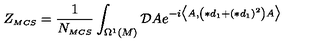
Z _ { \scriptscriptstyle M C S } = \frac { 1 } { N _ { \scriptscriptstyle M C S } } \int _ { \Omega ^ { \scriptscriptstyle 1 } ( M ) } \mathcal { D } A e ^ { - i \bigl \langle A , \left( \ast d _ { \scriptscriptstyle 1 } + ( \ast d _ { \scriptscriptstyle 1 } ) ^ { \scriptscriptstyle 2 } \right) A \bigr \rangle }